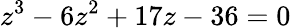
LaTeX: z^{3}-6z^{2}+17z-36=0